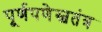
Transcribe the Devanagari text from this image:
पूर्णपणेस्वतंत्र